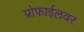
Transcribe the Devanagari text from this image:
प्रोफाईलवर